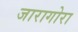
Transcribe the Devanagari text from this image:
जारागोरा